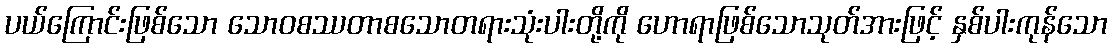
ပယ်ကြောင်းဖြစ်သော သောဝစဿတာစသောတရားသုံးပါးတို့ကို ဟောရာဖြစ်သောသုတ်အားဖြင့် နှစ်ပါးကုန်သော